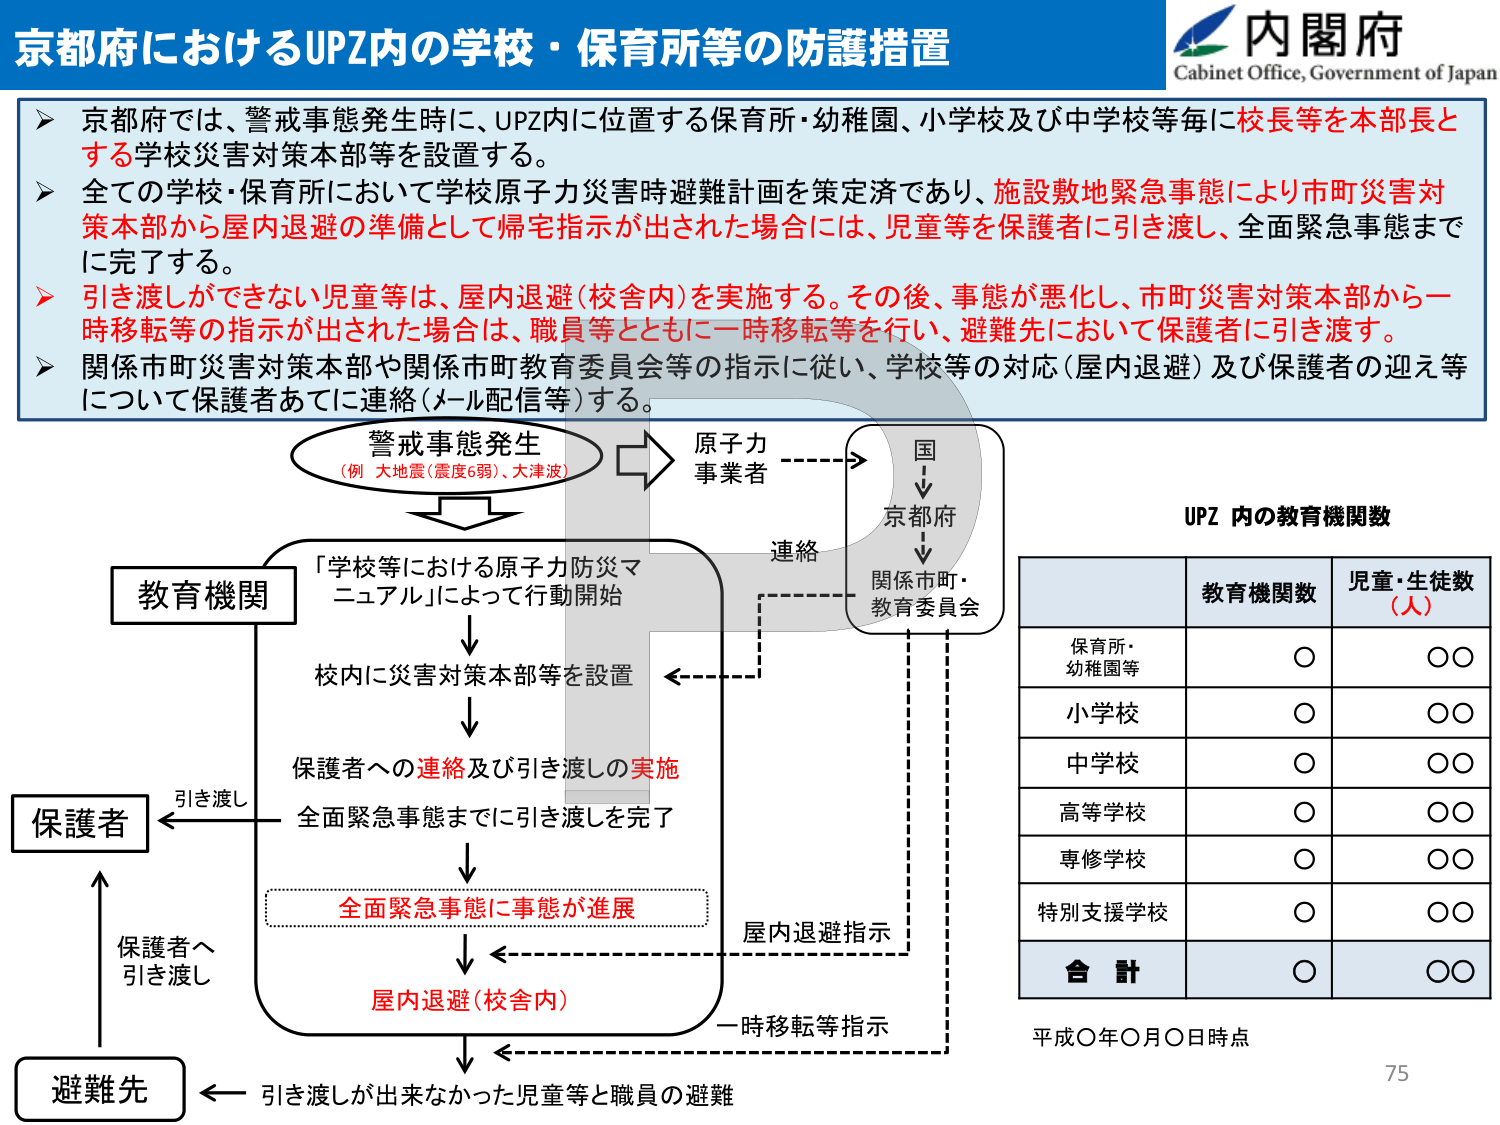
京都府におけるUPZ内の学校・保育所等の防護措置

内閣府
Cabinet Office, Government of Japan

➤ 京都府では、警戒事態発生時に、UPZ内に位置する保育所・幼稚園、小学校及び中学校等毎に校長等を本部長とする学校災害対策本部等を設置する。
➤ 全ての学校・保育所において学校原子力災害時避難計画を策定済であり、施設敷地緊急事態により市町災害対策本部から屋内退避の準備として帰宅指示が出された場合には、児童等を保護者に引き渡し、全面緊急事態までに完了する。
➤ 引き渡しができない児童等は、屋内退避（校舎内）を実施する。その後、事態が悪化し、市町災害対策本部から一時移転等の指示が出された場合は、職員等とともに一時移転等を行い、避難先において保護者に引き渡す。
➤ 関係市町災害対策本部や関係市町教育委員会等の指示に従い、学校等の対応（屋内退避）及び保護者の迎え等について保護者あてに連絡（メール配信等）する。

警戒事態発生
（例 大地震（震度6弱）、大津波）

原子力
事業者

国
↓
京都府
↓
関係市町・
教育委員会

連絡

教育機関
「学校等における原子力防災マニュアル」によって行動開始
↓
校内に災害対策本部等を設置
↓
保護者への連絡及び引き渡しの実施
全面緊急事態までに引き渡しを完了
↓
全面緊急事態に事態が進展
↓
屋内退避（校舎内）
↓
引き渡しが出来なかった児童等と職員の避難

保護者
← 引き渡し
↑
保護者へ
引き渡し

避難先
← 一時移転等指示
← 屋内退避指示

UPZ 内の教育機関数

| | 教育機関数 | 児童・生徒数（人） |
|---|---|---|
| 保育所・幼稚園等 | ○ | ○○ |
| 小学校 | ○ | ○○ |
| 中学校 | ○ | ○○ |
| 高等学校 | ○ | ○○ |
| 専修学校 | ○ | ○○ |
| 特別支援学校 | ○ | ○○ |
| 合 計 | ○ | ○○ |

平成○年○月○日時点

75